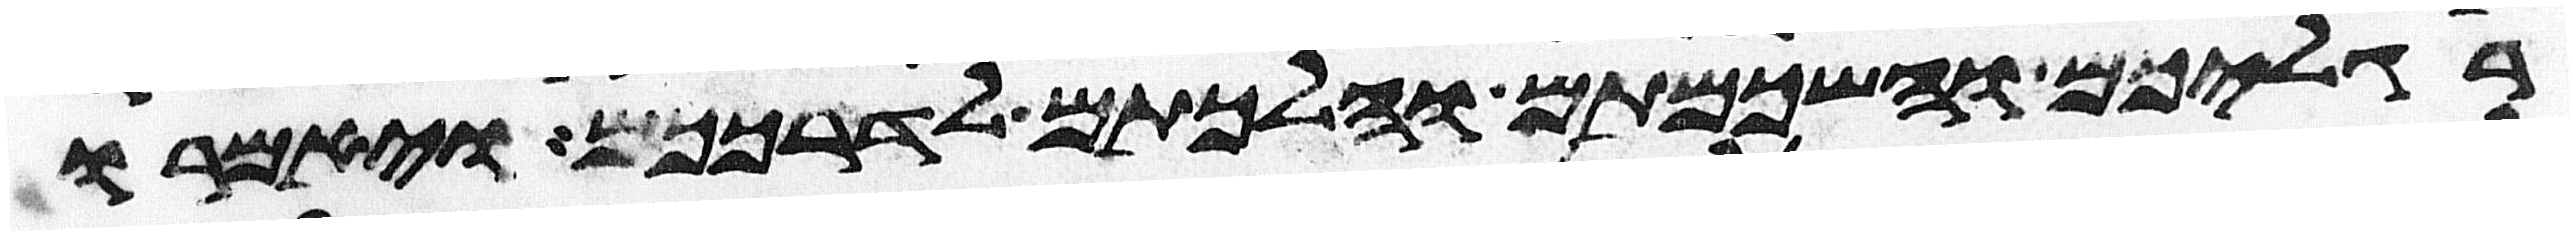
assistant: רגליכם והשכמתם והלכתם לדרככם ויאמרו